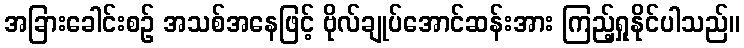
အခြားခေါင်းစဉ် အသစ်အနေဖြင့် ဗိုလ်ချုပ်အောင်ဆန်းအား ကြည့်ရှုနိုင်ပါသည်။